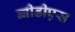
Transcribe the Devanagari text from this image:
ब्बीडीएस